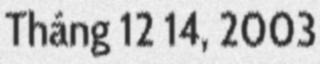
Tháng 12 14, 2003